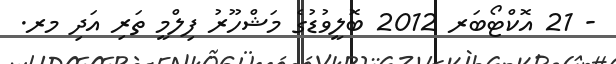
- 21 އޮކްޓޯބަރ 2012 ބޮލީވުޑުގެ މަޝްހޫރު ފިލްމީ ތަރި އަދި މރ.